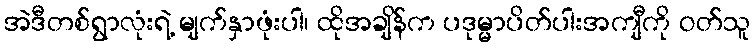
အဲဒီတစ်ရွာလုံးရဲ့ မျက်နှာဖုံးပါ၊ ထိုအချိန်က ပဒုမ္မာပိတ်ပါးအကျီကို ဝတ်သူ